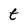
Character: t